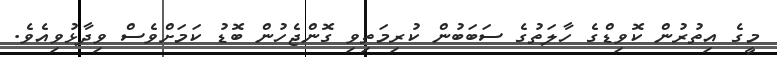
މީގެ އިތުރުން ކޮވިޑްގެ ހާލަތުގެ ސަބަބުން ކުރިމަތިވި ގޮންޖެހުން ބޮޑު ކަމަށްވެސް ވިދާޅުވިއެވެ.